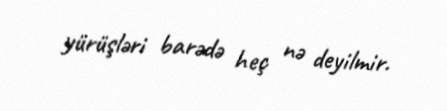
yürüşləri barədə heç nə deyilmir.